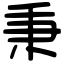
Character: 秉